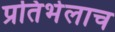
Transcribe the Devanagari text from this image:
प्रतिभेलाच